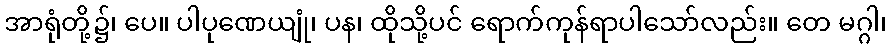
အာရုံတို့၌၊ ပေ။ ပါပုဏေယျုံ၊ ပန၊ ထိုသို့ပင် ရောက်ကုန်ရာပါသော်လည်း။ တေ မဂ္ဂါ၊